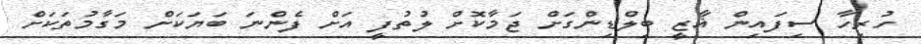
ހުރިހާ ސިފައިން ޣާޒީ ބިލްޑިންގަށް ޖަމާކޮށް ލުތުފީ އަށް ފެންނަ ބަޔަކަށް މަގާމުތަކަށް